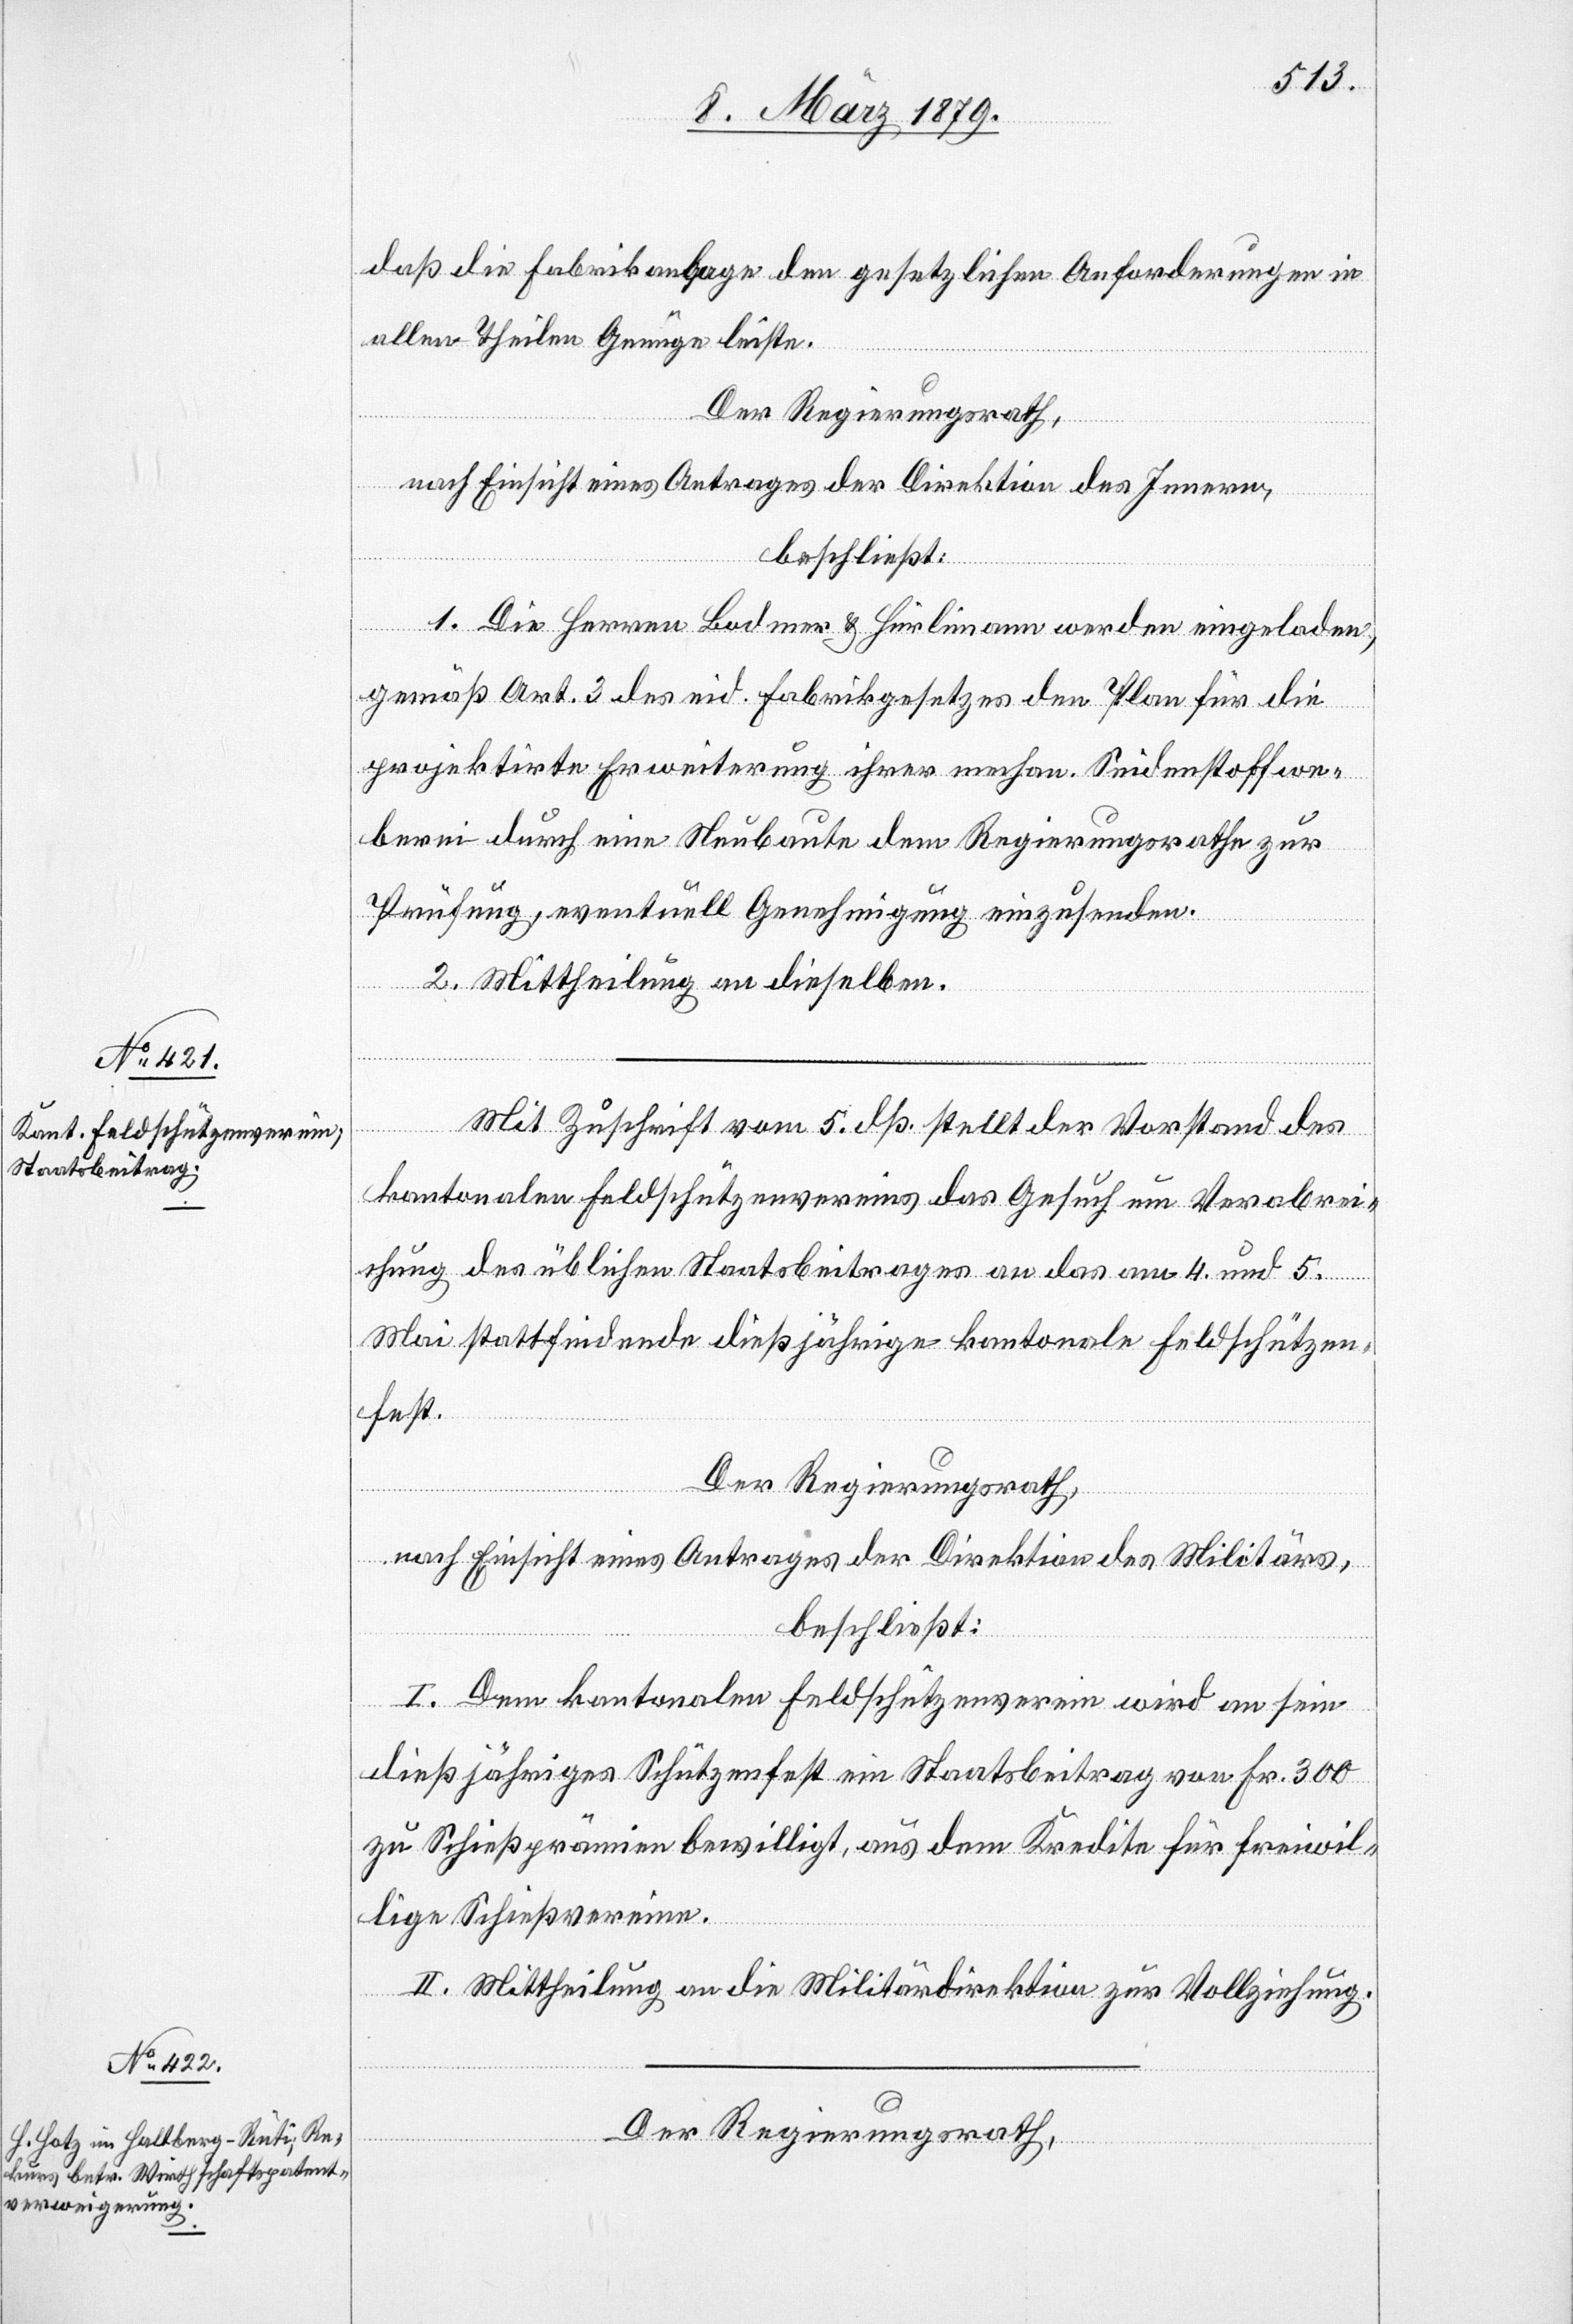
daß die Fabrikanlage den gesetzlichen Anforderungen in
allen Theilen Genüge leiste.
Der Regierungsrath,
nach Einsicht eines Antrages der Direktion des Innern,
beschließt:
1. Die Herren Bodmer & Hürlimann werden eingeladen,
gemäß Art. 3 des eid. Fabrikgesetzes den Plan für die
projektirte Erweiterung ihrer mechan. Seidenstoffwe¬
berei durch eine Neubaute dem Regierungsrathe zur
Prüfung, eventuell Genehmigung einzusenden.
2. Mittheilung an dieselben.
Mit Zuschrift vom 5. dß. stellt der Vorstand des
kantonalen Feldschützenvereins das Gesuch um Verabrei¬
chung des üblichen Staatsbeitrages an das am 4. und 5.
Mai stattfindende dießjährige kantonale Feldschützen¬
fest.
Der Regierungsrath,
nach Einsicht eines Antrages der Direktion des Militärs,
beschließt:
I. Dem kantonalen Feldschützenverein wird an sein
dießjähriges Schützenfest ein Staatsbeitrag von Fr. 300
zu Schießprämien bewilligt, aus dem Kredite für freiwil¬
lige Schießvereine.
II. Mittheilung an die Militärdirektion zur Vollziehung.
Der Regierungsrath,